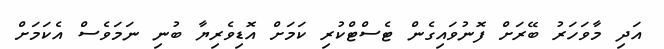
އަދި މާވަހަރު ބޭރަށް ފޮނުވައިގެން ޓެސްޓްކުރި ކަމަށް އޮޑިވެރިޔާ ބުނި ނަމަވެސް އެކަމަށް